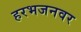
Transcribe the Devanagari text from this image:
हरभजनवर